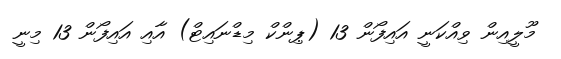
މޫލީއިން ވިއްކަނީ އައިފޯން 13 (ޕިންކް މިޑްނައިޓް) އާއި އައިފޯން 13 މިނީ